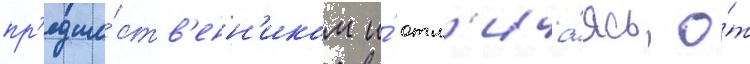
пр'едше́ств'енн'иком и́ отл'ича́ясь о́т